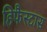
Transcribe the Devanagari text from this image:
हिफैस्टास